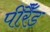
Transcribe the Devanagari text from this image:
पीरैँड